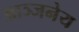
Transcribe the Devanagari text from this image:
आञ्जनेय